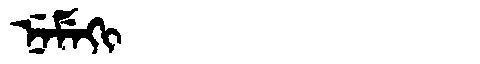
Manchu: ᠨᡝᠮᡝᡴᡳ
Romanization: NEMEKI